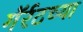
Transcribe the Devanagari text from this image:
गॅर्रटच्या